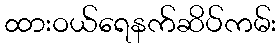
ထားဝယ်ရေနက်ဆိပ်ကမ်း